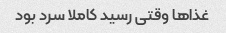
غذا‌ها وقتی رسید کاملا سرد بود